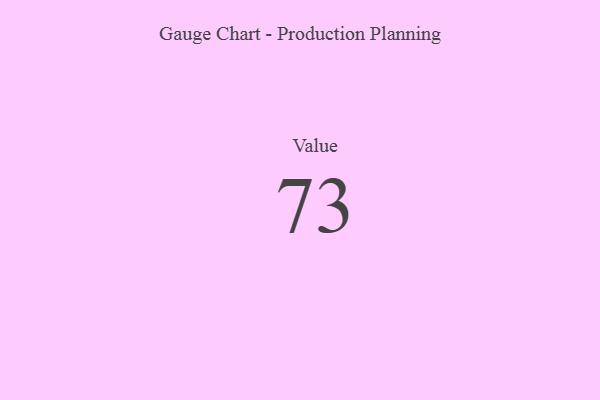
{"axis": {"x": "Metric", "y": "Value"}, "legend": [""], "data": [{"x": "Value", "y": 73, "type": ""}]}